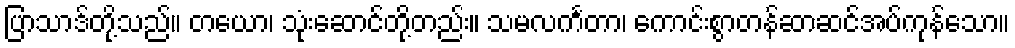
ပြာသာဒ်တို့သည်။ တယော၊ သုံးဆောင်တို့တည်း။ သမလင်္ကတာ၊ ကောင်းစွာတန်ဆာဆင်အပ်ကုန်သော။